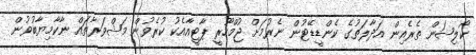
ކޯލިޝަން ތެރެއިން އަދާލަތުގެ ކެންޑީޑޭޓުން ނެރުމަށް ޖުމްހޫރީ ޕާޓީއާއެކު ކުރެވުން މަޝްވަރާތައް ނާކާމިޔާބުވުން